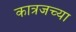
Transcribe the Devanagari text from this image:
कात्रजच्या